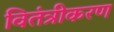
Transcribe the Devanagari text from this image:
वितंत्रीकरण